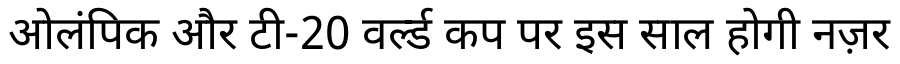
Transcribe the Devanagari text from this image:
ओलंपिक और टी-20 वर्ल्ड कप पर इस साल होगी नज़र